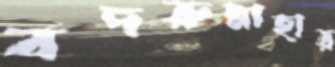
বদরুন্নাহার